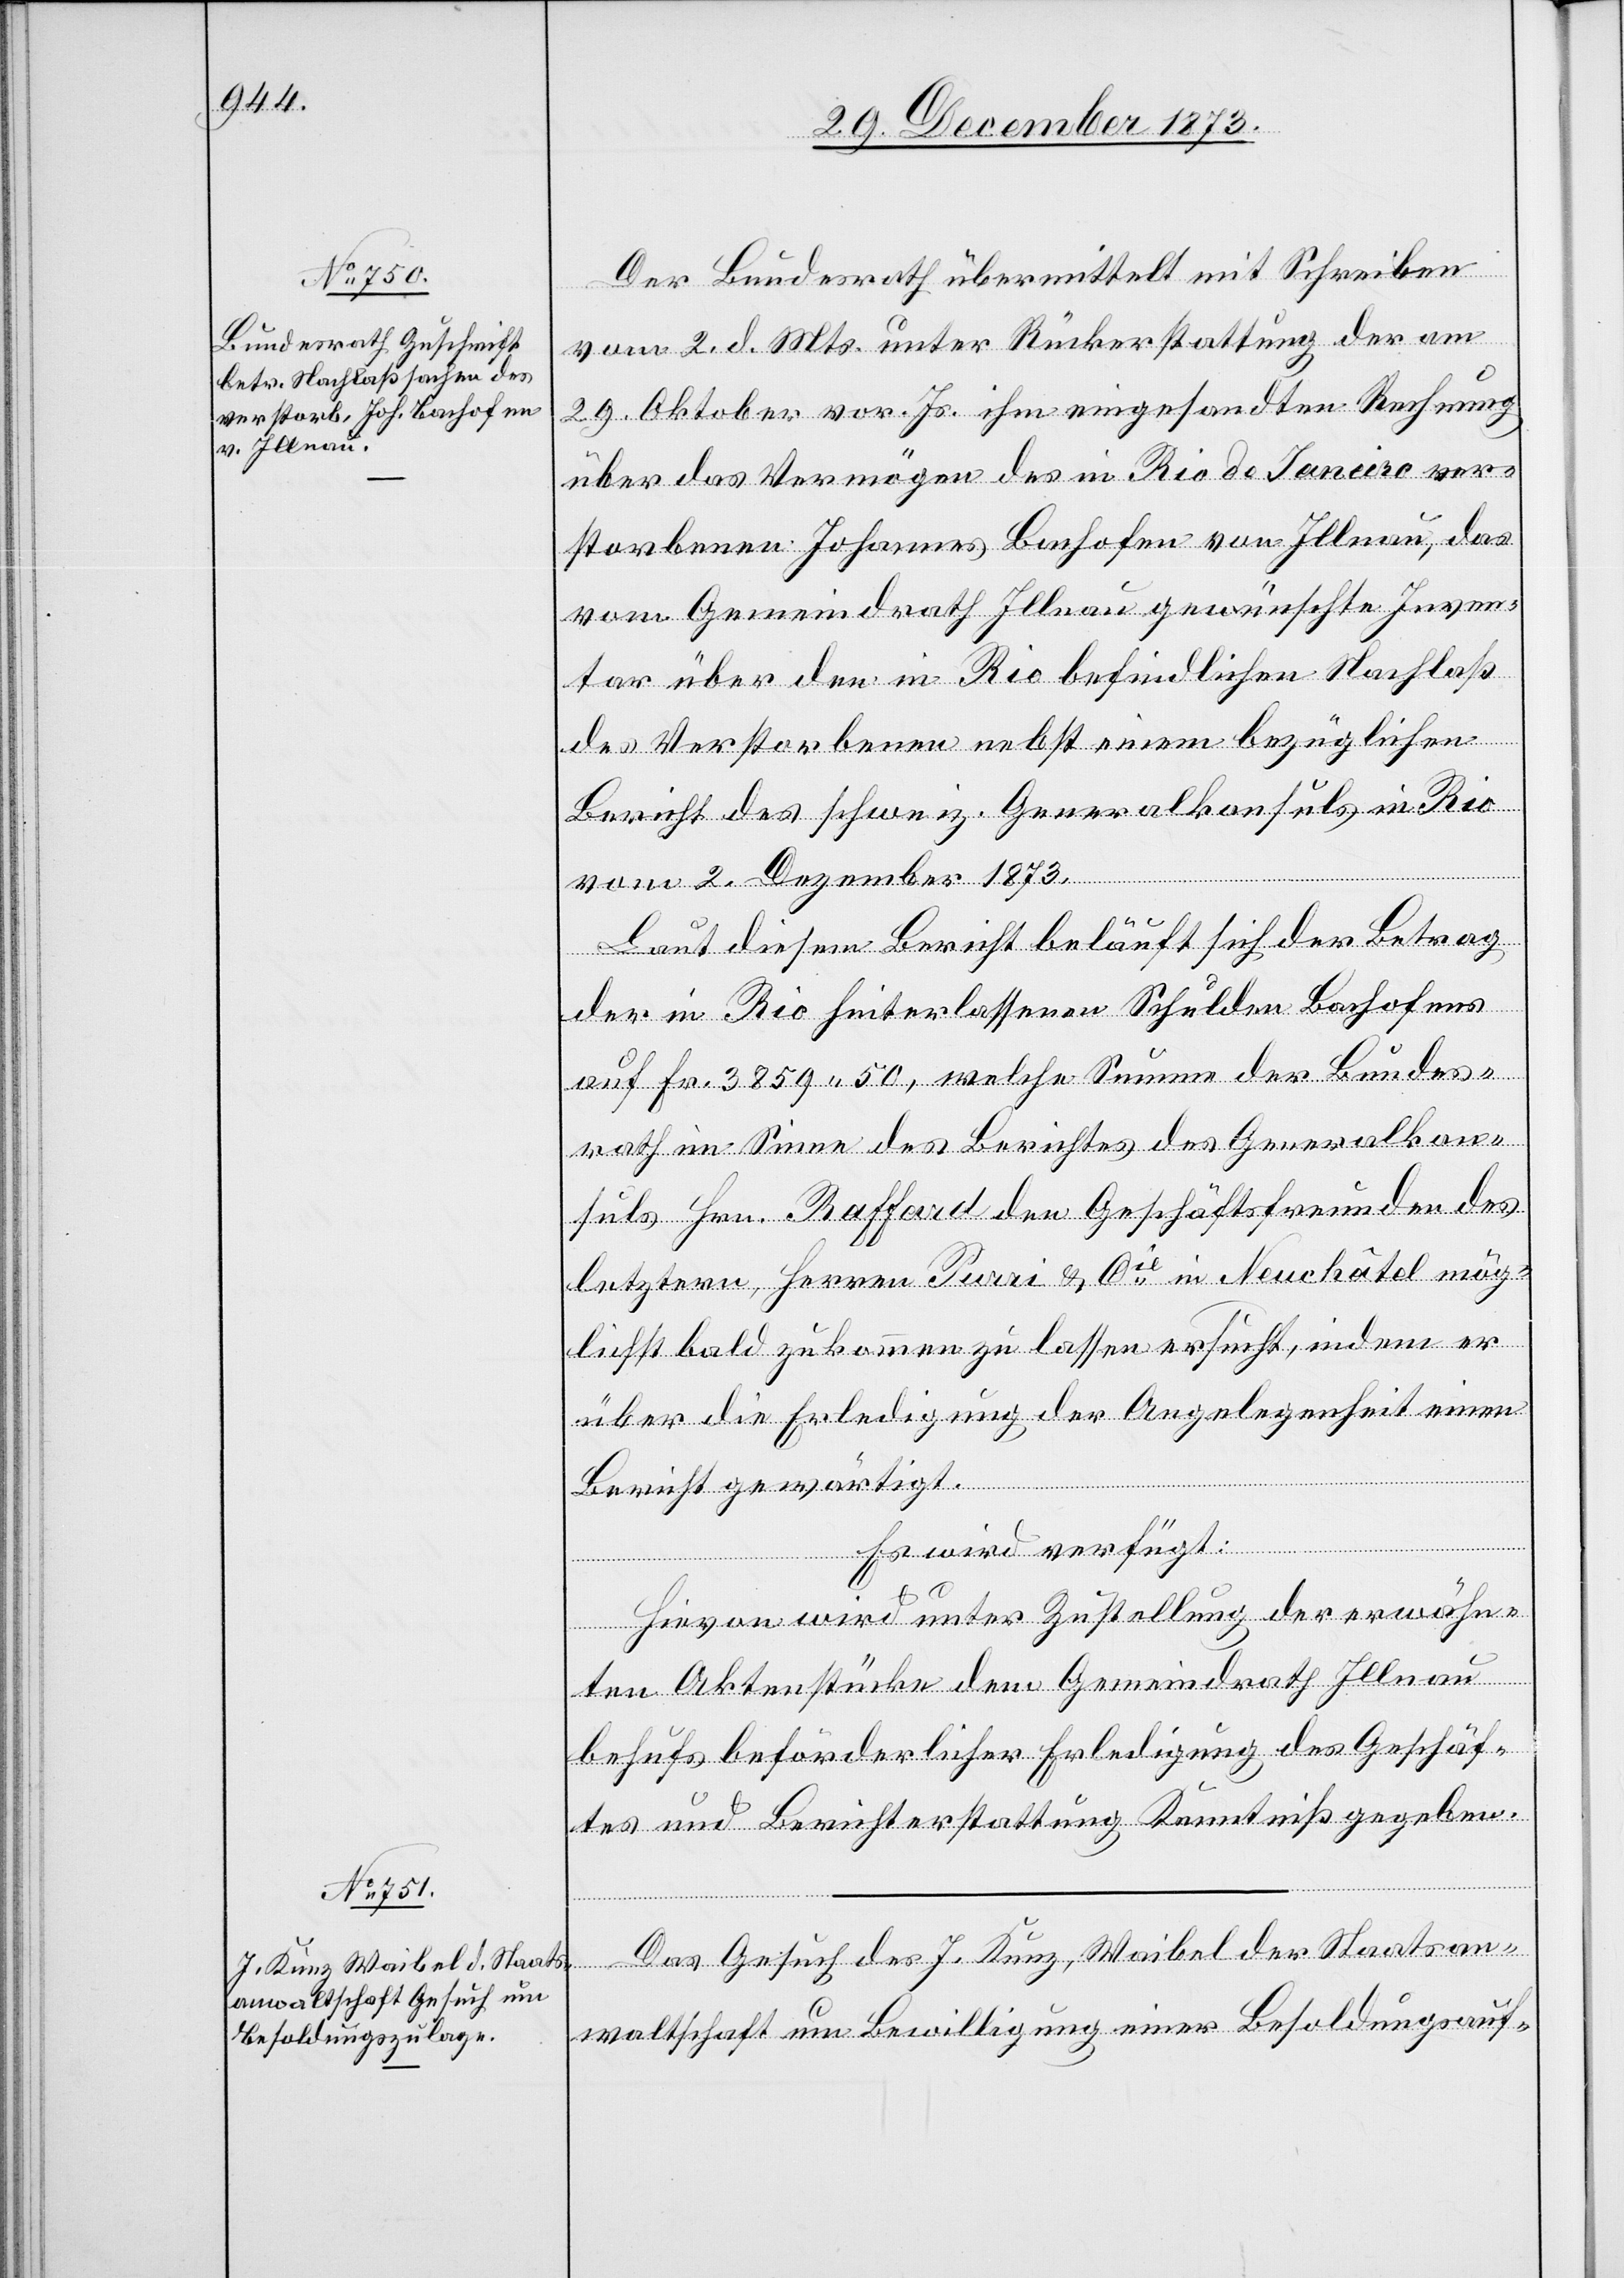
Der Bundesrath übermittelt mit Schreiben
vom 2. d. Mts. unter Rückerstattung der am
29. Oktober vor. Js. ihm eingesandten Rechnung
über das Vermögen des in Rio de Janeiro ver¬
storbenen Johannes Bachofen von Illnau, das
vom Gemeindrath Illnau gewünschte Inven¬
tar über den in Rio befindlichen Nachlaß
des Verstorbenen nebst einem bezüglichen
Bericht des schweiz. Generalkonsuls in Rio
vom 2. Dezember 1873.
Laut diesem Bericht beläuft sich der Betrag
der in Rio hinterlassenen Schulden Bachofens
auf Fr. 3859 50, welche Summe der Bundes¬
rath im Sinne des Berichtes des Generalkon¬
suls Hrn. Raffard den Geschäftsfreunden des
letztern, Herren Purri & Cie in Neuchâtel mög¬
lichst bald zukommen zu lassen ersucht, indem er
über die Erledigung der Angelegenheit einen
Bericht gewärtigt.
Es wird verfügt:
uar
Hievon wird unter Zustellung der erwähn¬
ten Aktenstücke dem Gemeindrath Illnau
behufs beförderlicher Erledigung des Geschäf¬
tes und Berichterstattung Kenntniß gegeben.
Das Gesuch des J. Kunz, Waibel der Staatsan¬
waltschaft um Bewilligung einer Besoldungsauf-